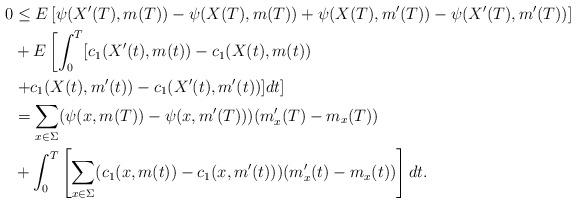
LaTeX: \begin{align*}0&\leq E\left[\psi(X'(T),m(T))-\psi(X(T),m(T)) + \psi(X(T),m'(T))-\psi(X'(T),m'(T))\right]\\&+E\left[\int_0^T [c_1(X'(t),m(t)) -c_1(X(t),m(t)) \right.\\&\left. +c_1(X(t),m'(t))-c_1(X'(t),m'(t))]dt\right]\\&= \sum_{x\in\Sigma}(\psi(x,m(T))-\psi(x,m'(T)))(m'_x(T)-m_x(T))\\&+\int_0^T \left[\sum_{x\in\Sigma}(c_1(x,m(t))-c_1(x,m'(t)))(m'_x(t)-m_x(t))\right]dt.\end{align*}